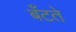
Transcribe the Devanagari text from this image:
बँटते